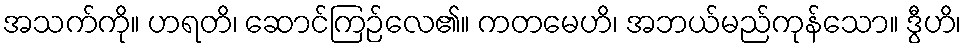
အသက်ကို။ ဟရတိ၊ ဆောင်ကြဉ်လေ၏။ ကတမေဟိ၊ အဘယ်မည်ကုန်သော။ ဒွီဟိ၊